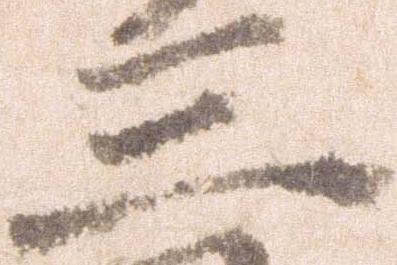
三